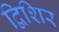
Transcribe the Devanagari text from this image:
द्विशिर